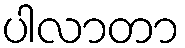
ပါလာတာ